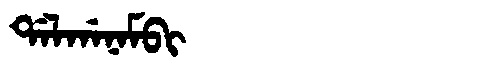
Manchu: ᡩᠠᠯᡤᠠᠨᠠᠮᠪᡳ
Romanization: DALGANAMBI